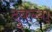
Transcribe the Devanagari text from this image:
दुबेच्या